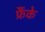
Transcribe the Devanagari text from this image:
फ्रैंके